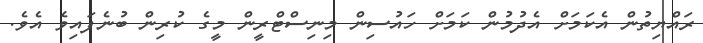
ރައްޔިތުން އެކަމަށް އެދުމުން ކަމަށް ހައުސިން މިނިސްޓްރީން މީގެ ކުރިން ބުނެފައިވެ އެވެ.